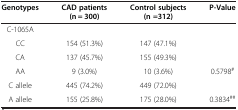
<table><thead><tr><td><b>Genotypes</b></td><td><b>CAD patients (n = 300)</b></td><td><b>Control subjects (n = 312)</b></td><td><b>P-Value</b></td></tr></thead><tbody><tr><td>C-1065A</td><td> </td><td> </td><td> </td></tr><tr><td>CC</td><td>154 (51.3%)</td><td>147 (47.1%)</td><td> </td></tr><tr><td>CA</td><td>137 (45.7%)</td><td>155 (49.3%)</td><td> </td></tr><tr><td>AA</td><td>9 (3.0%)</td><td>10 (3.6%)</td><td>0.5798<sup>#</sup></td></tr><tr><td>C allele</td><td>445 (74.2%)</td><td>449 (72.0%)</td><td> </td></tr><tr><td>A allele</td><td>155 (25.8%)</td><td>175 (28.0%)</td><td>0.3834<sup>##</sup></td></tr></tbody></table>